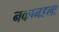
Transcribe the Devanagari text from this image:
नकानडला